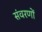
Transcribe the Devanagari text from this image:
संवरणों